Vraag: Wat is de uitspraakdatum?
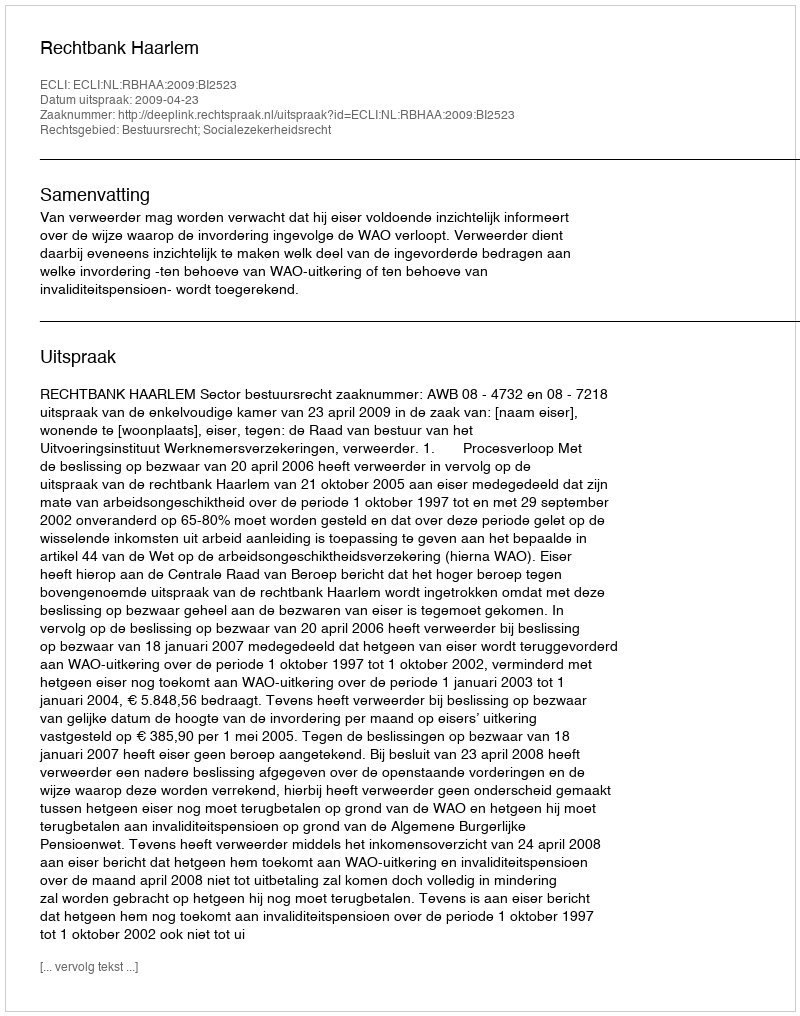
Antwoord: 2009-04-23